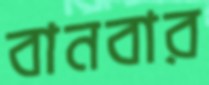
বানবার